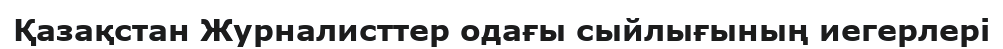
Қазақстан Журналисттер одағы сыйлығының иегерлері